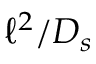
\ell ^ { 2 } / D _ { s }